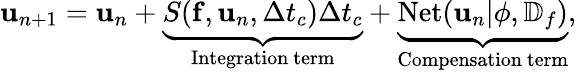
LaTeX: \mathbf{u}_{n+1}=\mathbf{u}_{n}+\underbrace{S(\mathbf{f},\mathbf{u}_{n},\Delta t_{c})\Delta t_{c}}_{\mathrm{Integration~term}}+\underbrace{\mathrm{Net}(\mathbf{u}_{n}|\mathbf{\phi},\mathbb{D}_{f})}_{\mathrm{Compensation~term}},